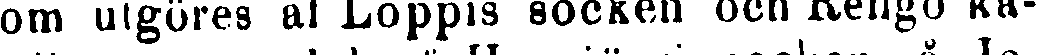
som utgöres af Loppis socken och Rengo ka-